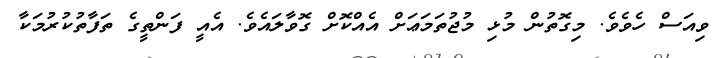
ވިއަސް ހެވެވެ. މިގޮތުން މުޅި މުޖުތަމަޢަށް އެއްކޮށް ގޮވާލައެވެ. އެއީ ފަންތީގެ ތަފާތުކުރުމަކާ